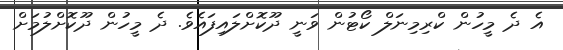
އެ ދެ މީހުން ކްރިމިނަލް ކޯޓުން ވަނީ ދޫކޮށްލައިފައެވެ. ދެ މީހުން ދޫކޮށްލުމަށް